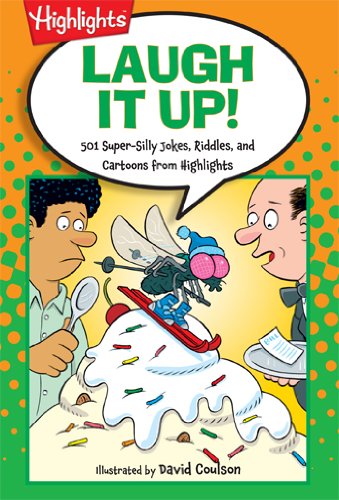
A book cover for Laugh It Up!: 501 Super-Silly Jokes, Riddles, and Cartoons from Highlights (Laugh Attack!); Highlights for Children; Children's Books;